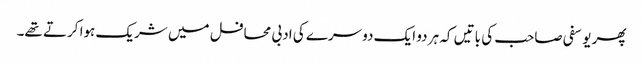
پھر یوسفی صاحب کی باتیں کہ ہر دو ایک دوسرے کی ادبی محافل میں شریک ہوا کرتے تھے۔